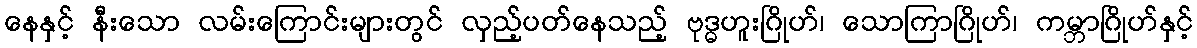
နေနှင့် နီးသော လမ်းကြောင်းများတွင် လှည့်ပတ်နေသည့် ဗုဒ္ဓဟူးဂြိုဟ်၊ သောကြာဂြိုဟ်၊ ကမ္ဘာဂြိုဟ်နှင့်